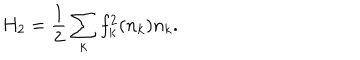
H _ { 2 } = \frac { 1 } { 2 } \sum _ { k } f _ { k } ^ { 2 } ( n _ { k } ) n _ { k } .